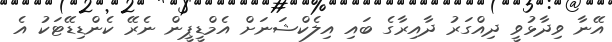
އޭނާ ވިދާޅުވީ ދިއްގަރު ދާއިރާގެ ބައި އިލެކްޝަނަށް އެމްޑީޕީން ނެރޭ ކެންޑިޑޭޓަކު އެ